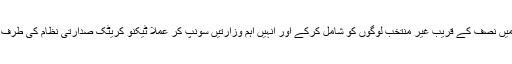
وزیراعظم عمران خان نے خود وفاقی کابینہ میں نصف کے قریب غیر منتخب لوگوں کو شامل کرکے اور انہیں اہم وزارتیں سونپ کر عملاً ٹیکنو کریٹک صدارتی نظام کی طرف مراجعت شروع کردی ہے… اللہ خیر کرے۔